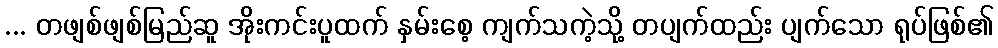
... တဖျစ်ဖျစ်မြည်ဆူ အိုးကင်းပူထက် နှမ်းစေ့ ကျက်သကဲ့သို့ တပျက်ထည်း ပျက်သော ရုပ်ဖြစ်၏